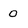
Character: O